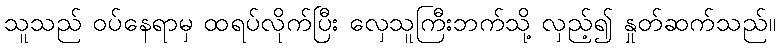
သူသည် ဝပ်နေရာမှ ထရပ်လိုက်ပြီး လှေသူကြီးဘက်သို့ လှည့်၍ နှုတ်ဆက်သည်။